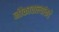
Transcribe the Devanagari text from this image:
नौकावाल्यांकडे